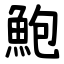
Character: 鮑